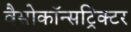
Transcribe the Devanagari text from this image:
वैसोकॉन्सट्रिक्टर